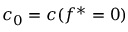
c _ { 0 } = c ( f ^ { * } = 0 )